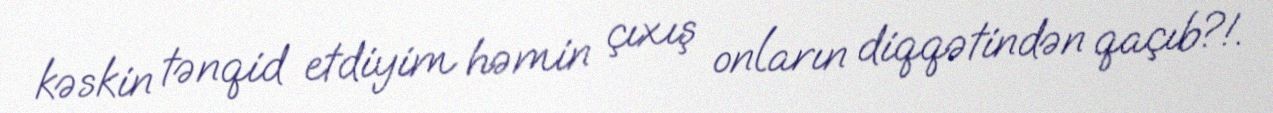
kəskin tənqid etdiyim həmin çıxış onların diqqətindən qaçıb?!.